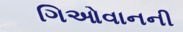
ગિઓવાનની